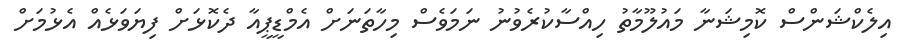
އިލެކްޝަންސް ކޮމިޝަނާ މައުލޫމާތު ހިއްސާކުރެވުނު ނަމަވެސް މިހާތަނަށް އެމްޑީޕީއާ ދެކޮޅަށް ފިޔަވަޅެއް އެޅުމަށް